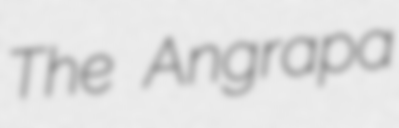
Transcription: The Angrapa